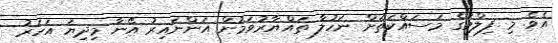
އެވެ. މި ފިލްމުގެ މަސައްކަތަށް ނަހުލާ ތައްޔާރުވަމުން އަންނައިރު އޭނާ މިދިޔަ އަހަރު